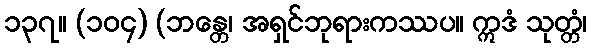
၁၃၇။ (၁၀၄) (ဘန္တေ၊ အရှင်ဘုရားကဿပ။ ဣဒံ သုတ္တံ၊